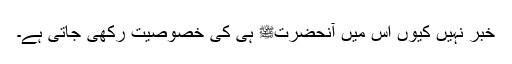
خبر نہیں کیوں اس میں آنحضرتﷺ ہی کی خصوصیت رکھی جاتی ہے۔